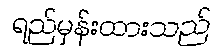
ရည်မှန်းထားသည်